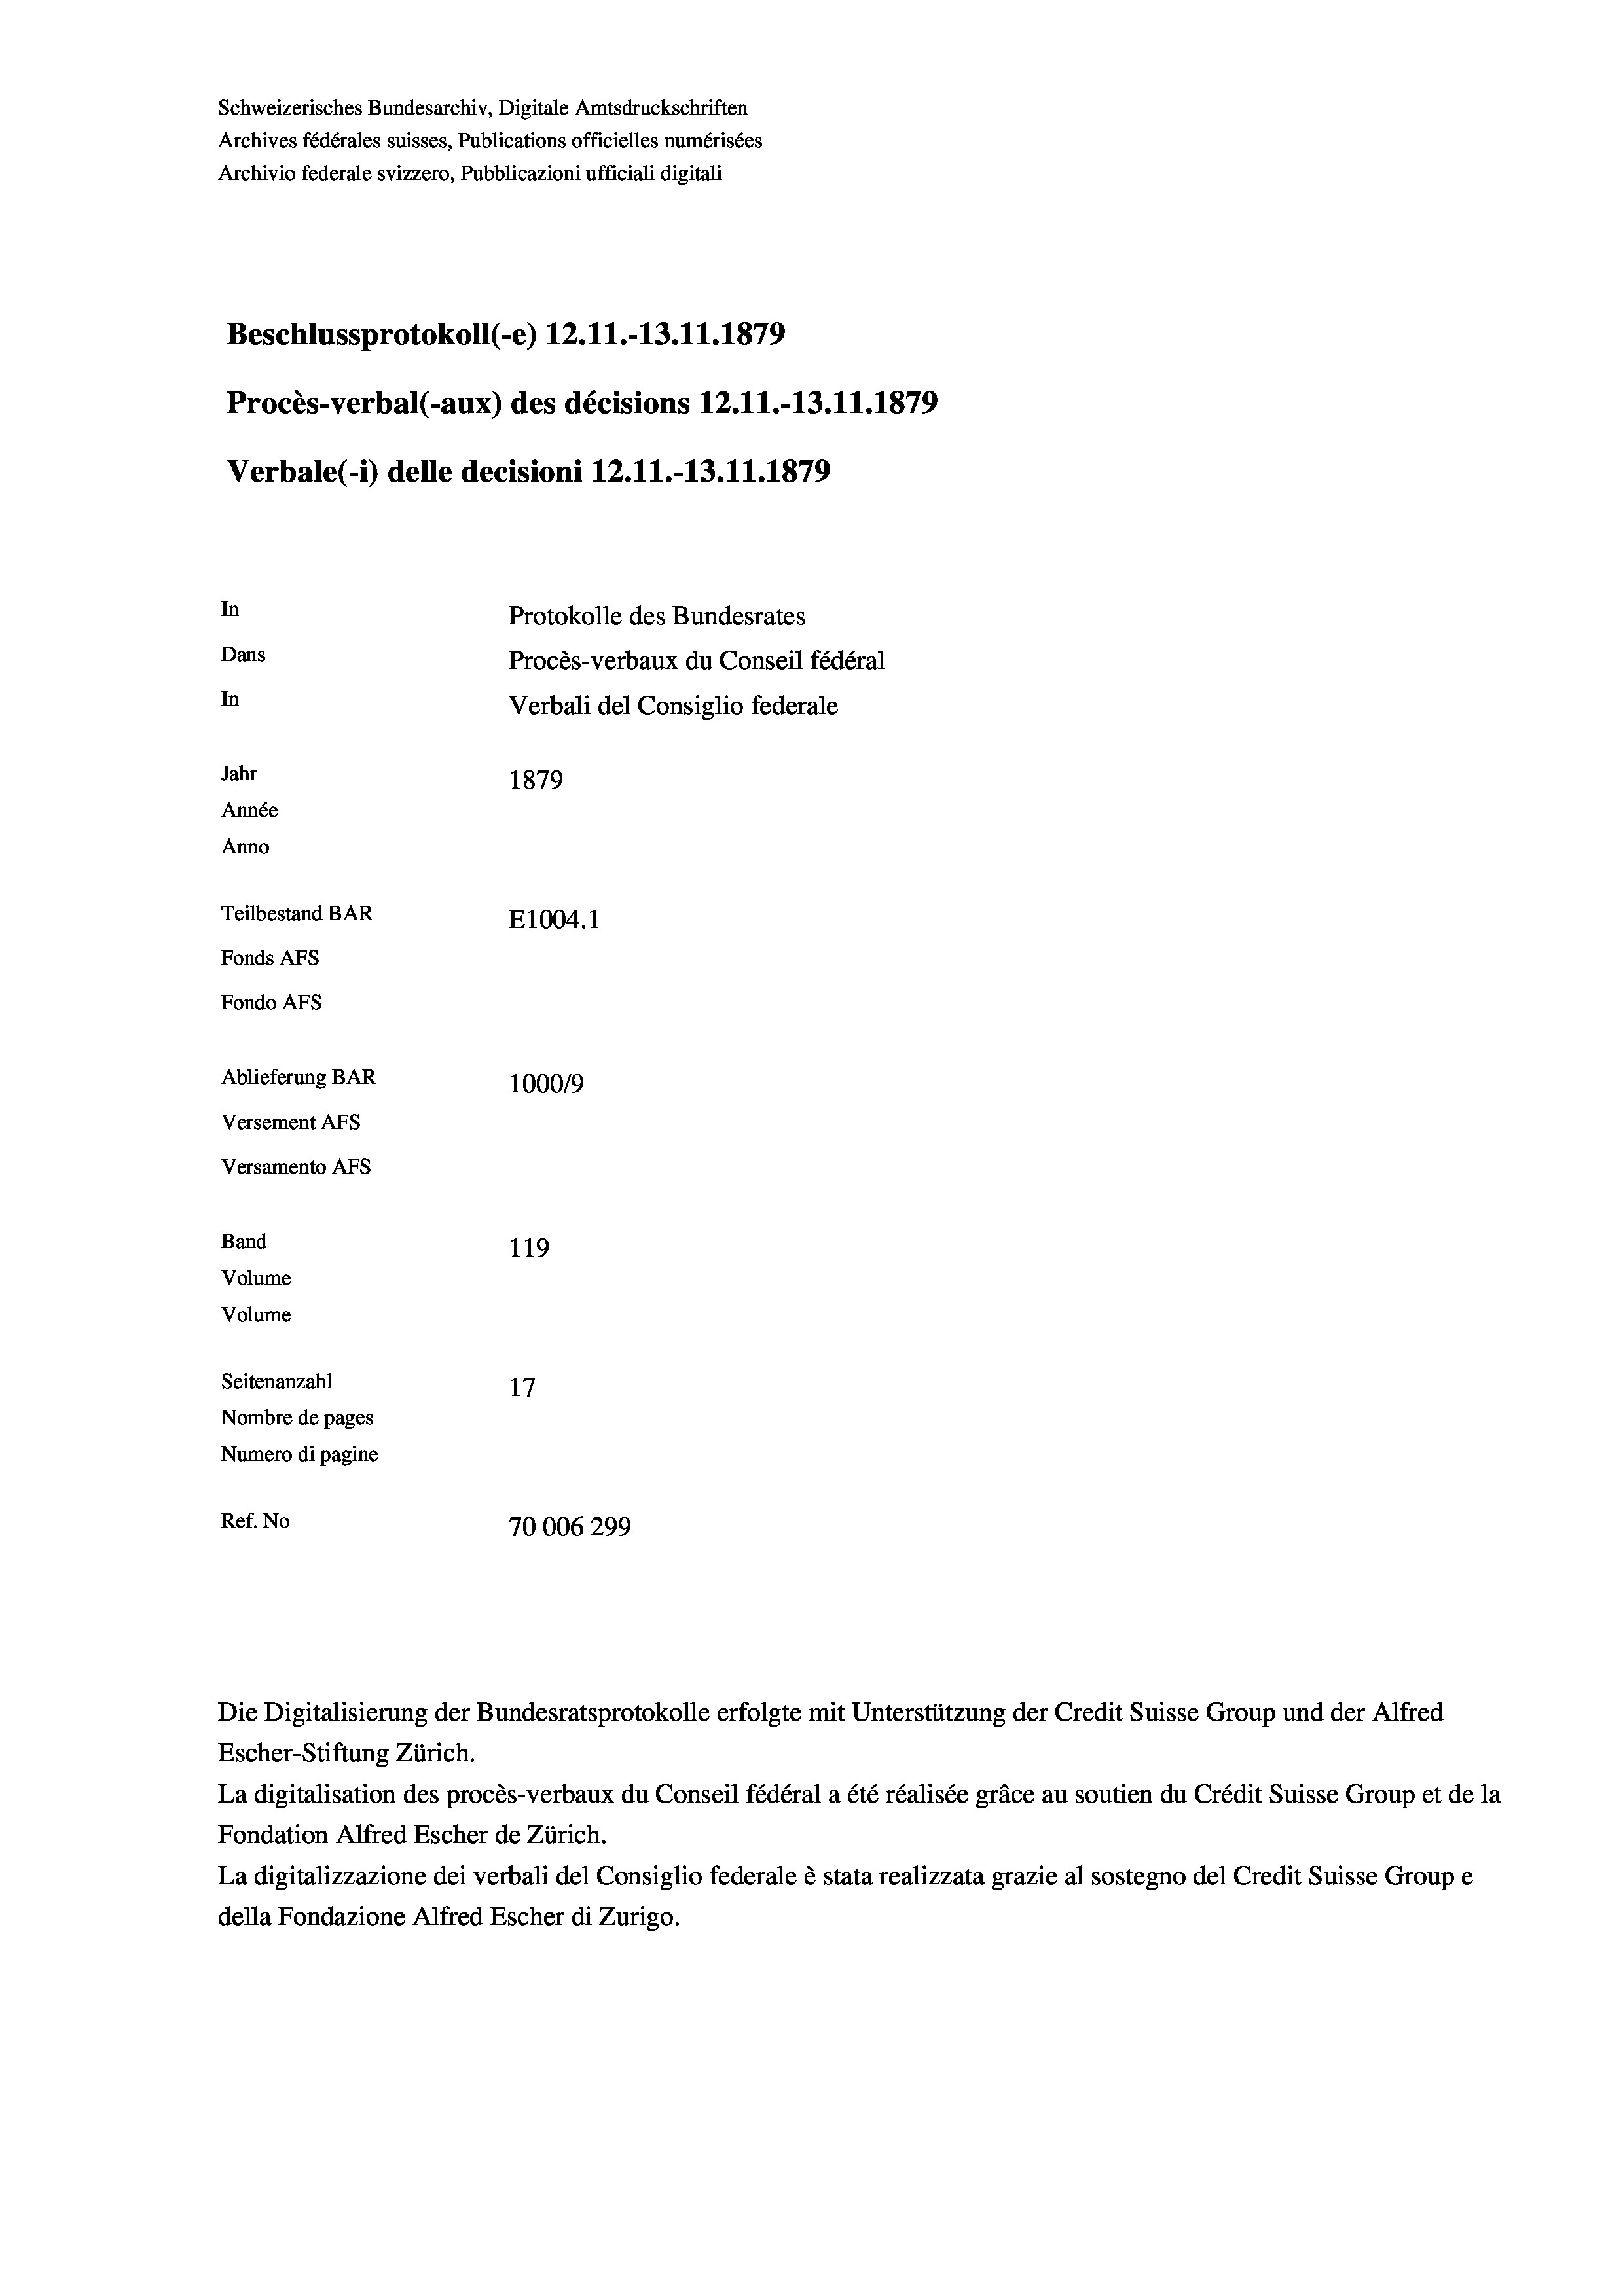
Schweizerisches Bundesarchiv, Digitale Amtsdruckschriften
Archives fédérales suisses, Publications officielles numérisées
Archivio federale svizzero, Pubblicazioni ufficiali digitali
Beschlussprotokoll (-e) 12.11.-13.11.1879
Procès-verbal (-aux) des décisions 12.11.-13.11.1879
Verbale (i) delle decisioni 12.11.-13.11.1879
In
Protokolle des Bundesrates
Dans
Procès-verbaux du Conseil fédéral
In
Verbali del Consiglio federale
Jahr
1879
Année
Anno
Teilbestand BAR
E1004. 1
Fonds AFs
Fondo Afs
Ablieferung BAR
100019
Versement AFs
Versamento AFS

119
Volume
Volume
Seitenanzahl
17
Nombre de pages
Numero di pagine
Ref. No
70006299

Band

Die Digitalisierung der Bundesratsprotokolle erfolgte mit Unterstützung der Credit Suisse Group und der Alfred
Escher-Stiftung Zürich.
La digitalisation des procès-verbaux du Conseil fédéral a été réalisée gräce au soutien du Crédit Suisse Group et de la
Fondation Alfred Escher de Zürich.
La digitalizzazione dei verbali del Consiglio federale è stata realizzata grazie al sostegno del Credit Suisse Groupe
della Fondazione Alfred Escher di Zurigo.